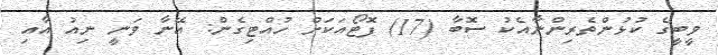
ވީބީގެ ކުޅުންތެރިންނާއެކު ސޮބާ (17) ފޮޓޯއަކަށް ހުއްޓިގެން: އޭނާ ވަނީ ނިއު އާއި